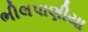
ભીલપાણીયા